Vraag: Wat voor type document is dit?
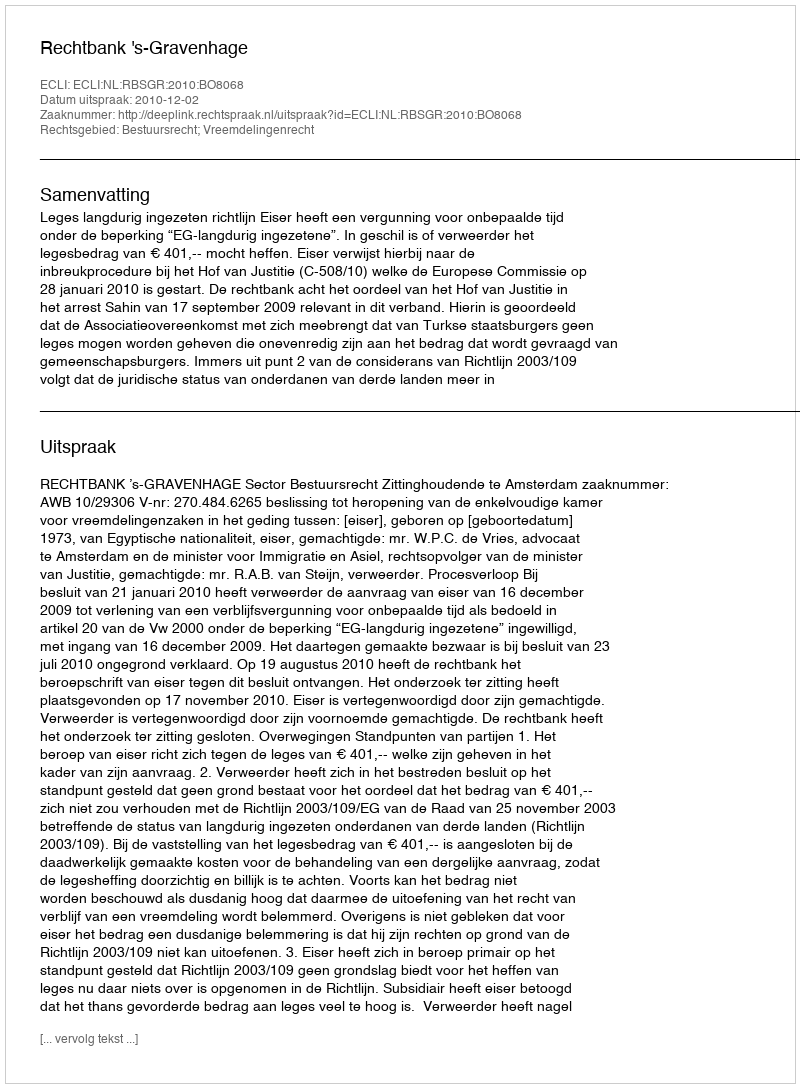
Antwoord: Uitspraak